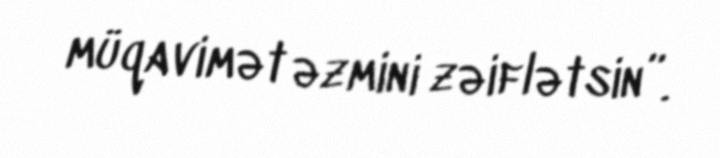
müqavimət əzmini zəiflətsin”.